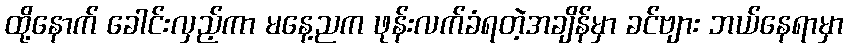
ထို့နောက် ခေါင်းလှည့်ကာ မနေ့ညက ဖုန်းလက်ခံရတဲ့အချိန်မှာ ခင်ဗျား ဘယ်နေရာမှာ